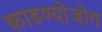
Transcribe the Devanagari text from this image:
काढण्योजोग